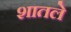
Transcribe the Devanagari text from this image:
शातले